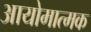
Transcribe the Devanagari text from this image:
आयोमात्मक